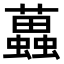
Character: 𧓵